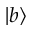
\vert b \rangle